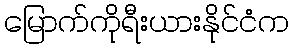
မြောက်ကိုရီးယားနိုင်ငံက